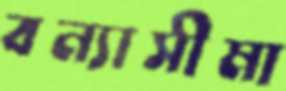
বন্যাসীমা